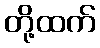
တို့ထက်